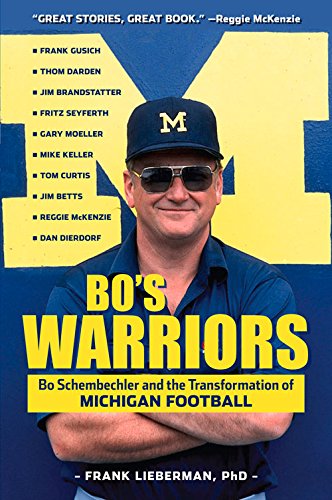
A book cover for Bo's Warriors: Bo Schembechler and the Transformation of Michigan Football; Frank Lieberman PhD; Sports & Outdoors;